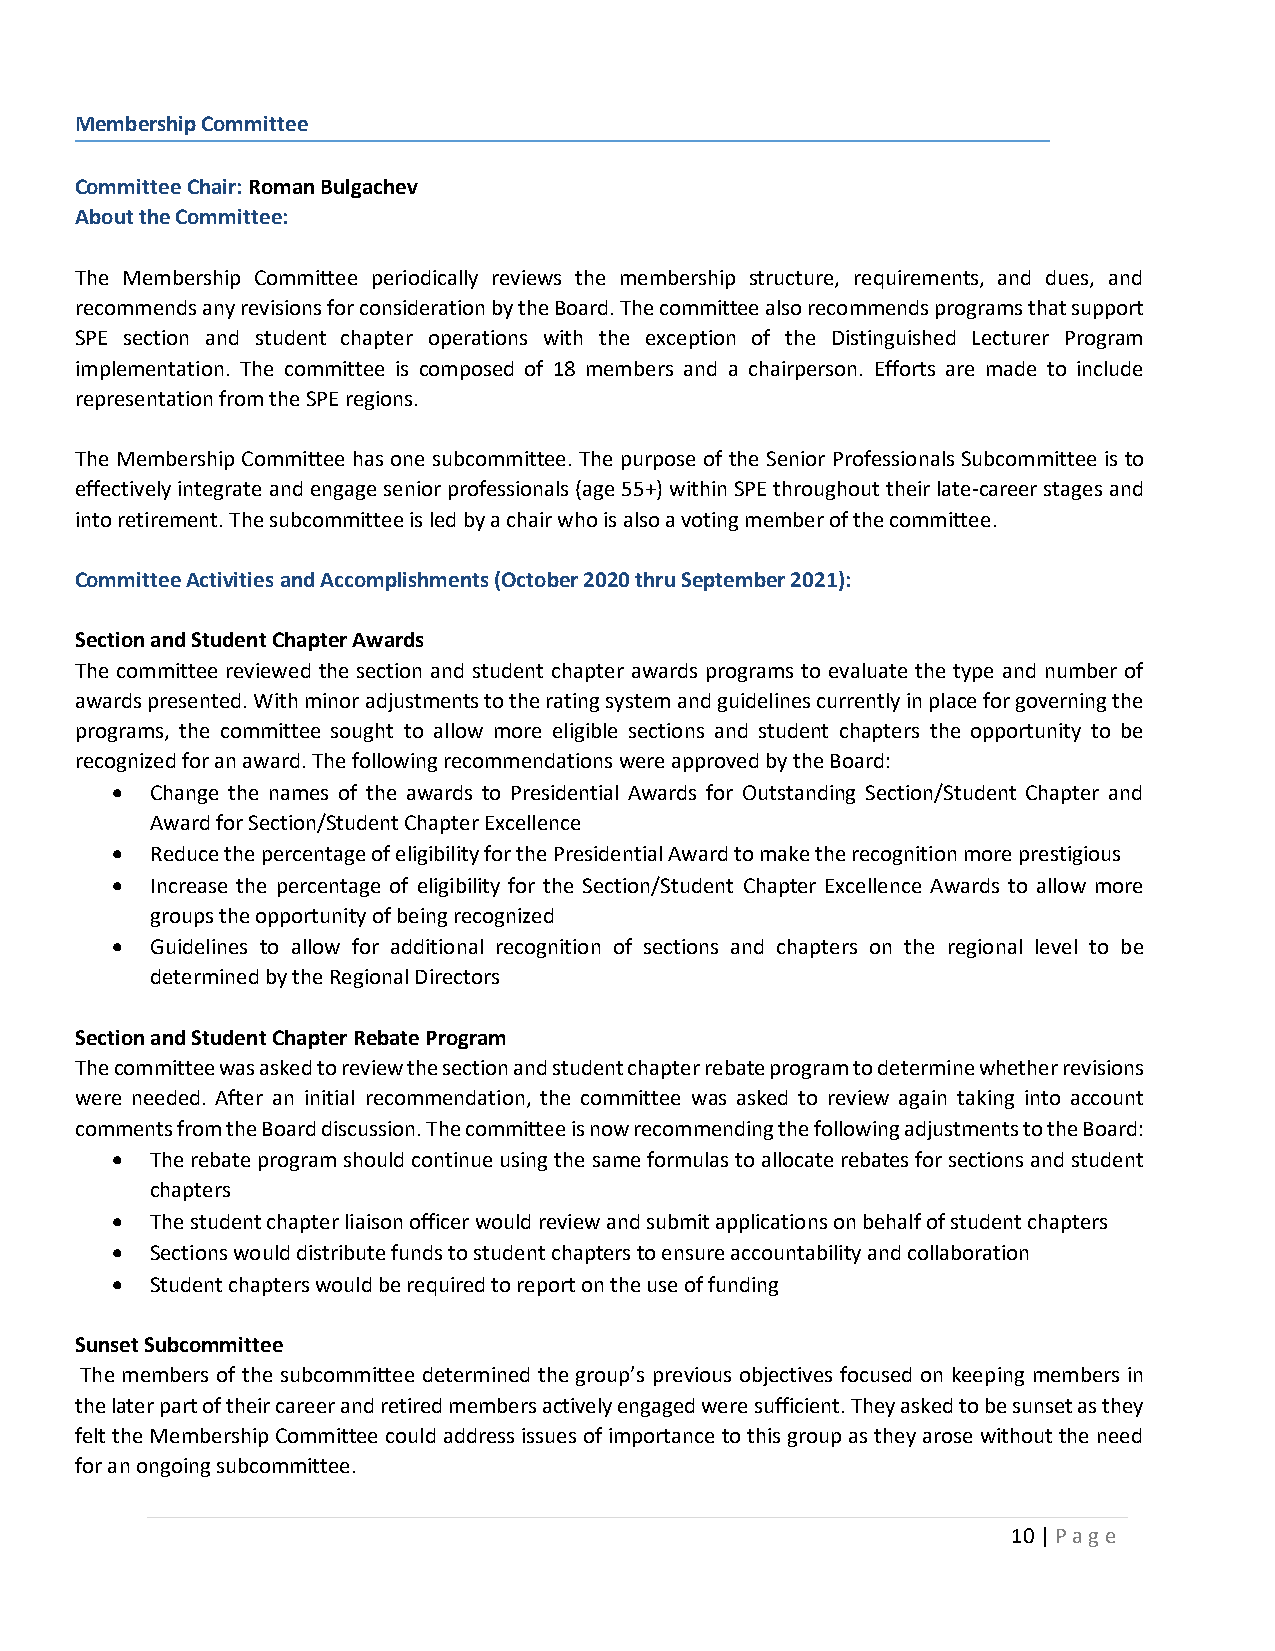
Membership Committee
 Committee Chair: Roman Bulgachev
 About the Committee:
 The Membership Committee periodically reviews the membership structure, requirements, and dues, and
 recommends any revisions for consideration by the Board. The committee also recommends programs that support
 SPE section and student chapter operations with the exception of the Distinguished Lecturer Program
 implementation. The committee is composed of 18 members and a chairperson. Efforts are made to include
 representation from the SPE regions.
 The Membership Committee has one subcommittee. The purpose of the Senior Professionals Subcommittee is to
 effectively integrate and engage senior professionals (age 55+) within SPE throughout their late-career stages and
 into retirement. The subcommittee is led by a chair who is also a voting member of the committee.
 Committee Activities and Accomplishments (October 2020 thru September 2021):
 Section and Student Chapter Awards
 The committee reviewed the section and student chapter awards programs to evaluate the type and number of
 awards presented. With minor adjustments to the rating system and guidelines currently in place for governing the
 programs, the committee sought to allow more eligible sections and student chapters the opportunity to be
 recognized for an award. The following recommendations were approved by the Board:
 •  Change the names of the awards to Presidential Awards for Outstanding Section/Student Chapter and
 Award for Section/Student Chapter Excellence
 •  Reduce the percentage of eligibility for the Presidential Award to make the recognition more prestigious
 •  Increase the percentage of eligibility for the Section/Student Chapter Excellence Awards to allow more
 groups the opportunity of being recognized
 •  Guidelines to allow for additional recognition of sections and chapters on the regional level to be
 determined by the Regional Directors
 Section and Student Chapter Rebate Program
 The committee was asked to review the section and student chapter rebate program to determine whether revisions
 were needed. After an initial recommendation, the committee was asked to review again taking into account
 comments from the Board discussion. The committee is now recommending the following adjustments to the Board:
 •  The rebate program should continue using the same formulas to allocate rebates for sections and student
 chapters
 •  The student chapter liaison officer would review and submit applications on behalf of student chapters
 •  Sections would distribute funds to student chapters to ensure accountability and collaboration
 •  Student chapters would be required to report on the use of funding
 Sunset Subcommittee
 The members of the subcommittee determined the group’s previous objectives focused on keeping members in
 the later part of their career and retired members actively engaged were sufficient. They asked to be sunset as they
 felt the Membership Committee could address issues of importance to this group as they arose without the need
 for an ongoing subcommittee.
 10 | P a g e